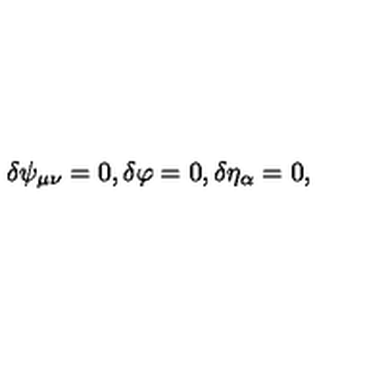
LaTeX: \delta \psi _ { \mu \nu } = 0 , \delta \varphi = 0 , \delta \eta _ { \alpha } = 0 ,